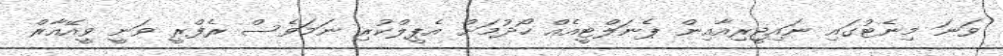
ވަނަ މިނެޓުގައި ނައިޖީރިއާއިން ޕެނަލްޓީއެއް ހޯދުމަށް އެޕީލްކުރި ނަމަވެސް ރެފްރީ ވަނީ ވީއޭއާރް